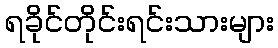
ရခိုင်တိုင်းရင်းသားများ